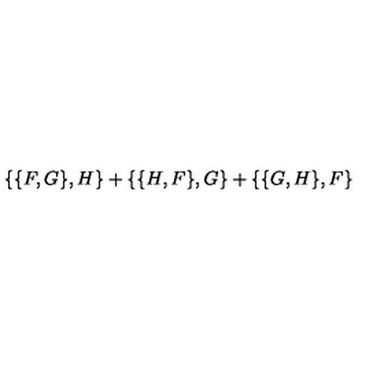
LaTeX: \{ \{ F , G \} , H \} + \{ \{ H , F \} , G \} + \{ \{ G , H \} , F \}